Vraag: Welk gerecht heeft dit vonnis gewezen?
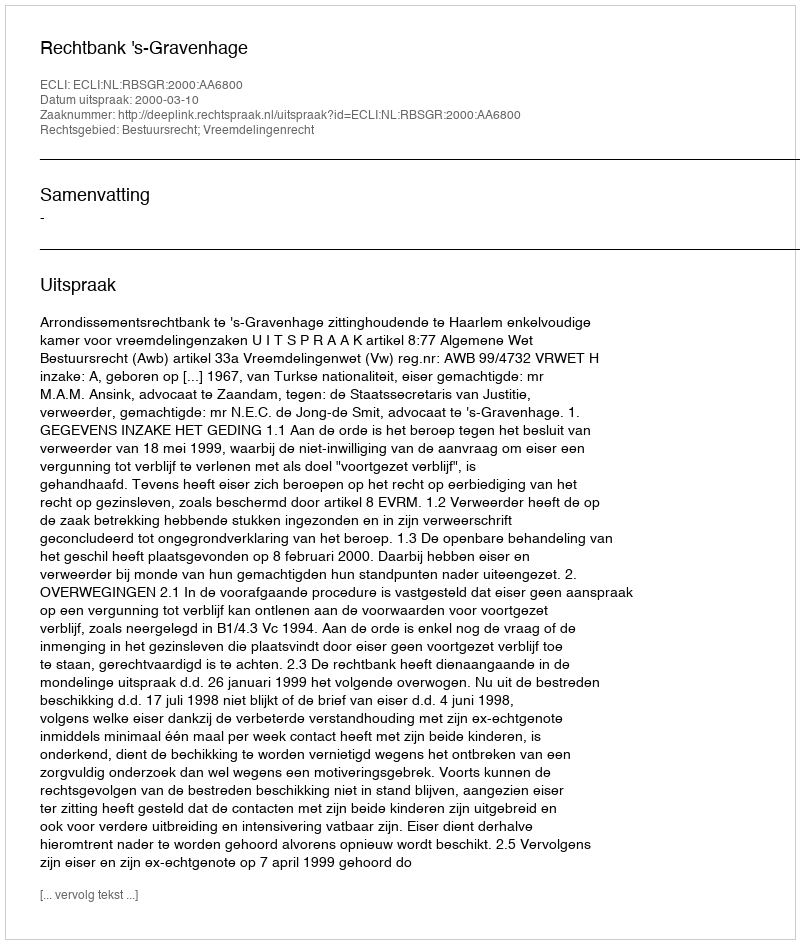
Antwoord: Rechtbank 's-Gravenhage